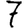
Digit: 7